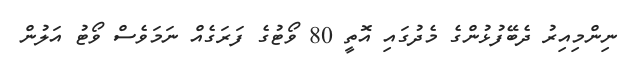
ނިންމިއިރު ދެބޭފުޅުންގެ މެދުގައި އޮތީ 80 ވޯޓުގެ ފަރަގެއް ނަމަވެސް ވޯޓު އަލުން